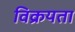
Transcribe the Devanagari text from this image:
विक्रयता